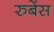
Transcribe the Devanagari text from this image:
रुबेंस